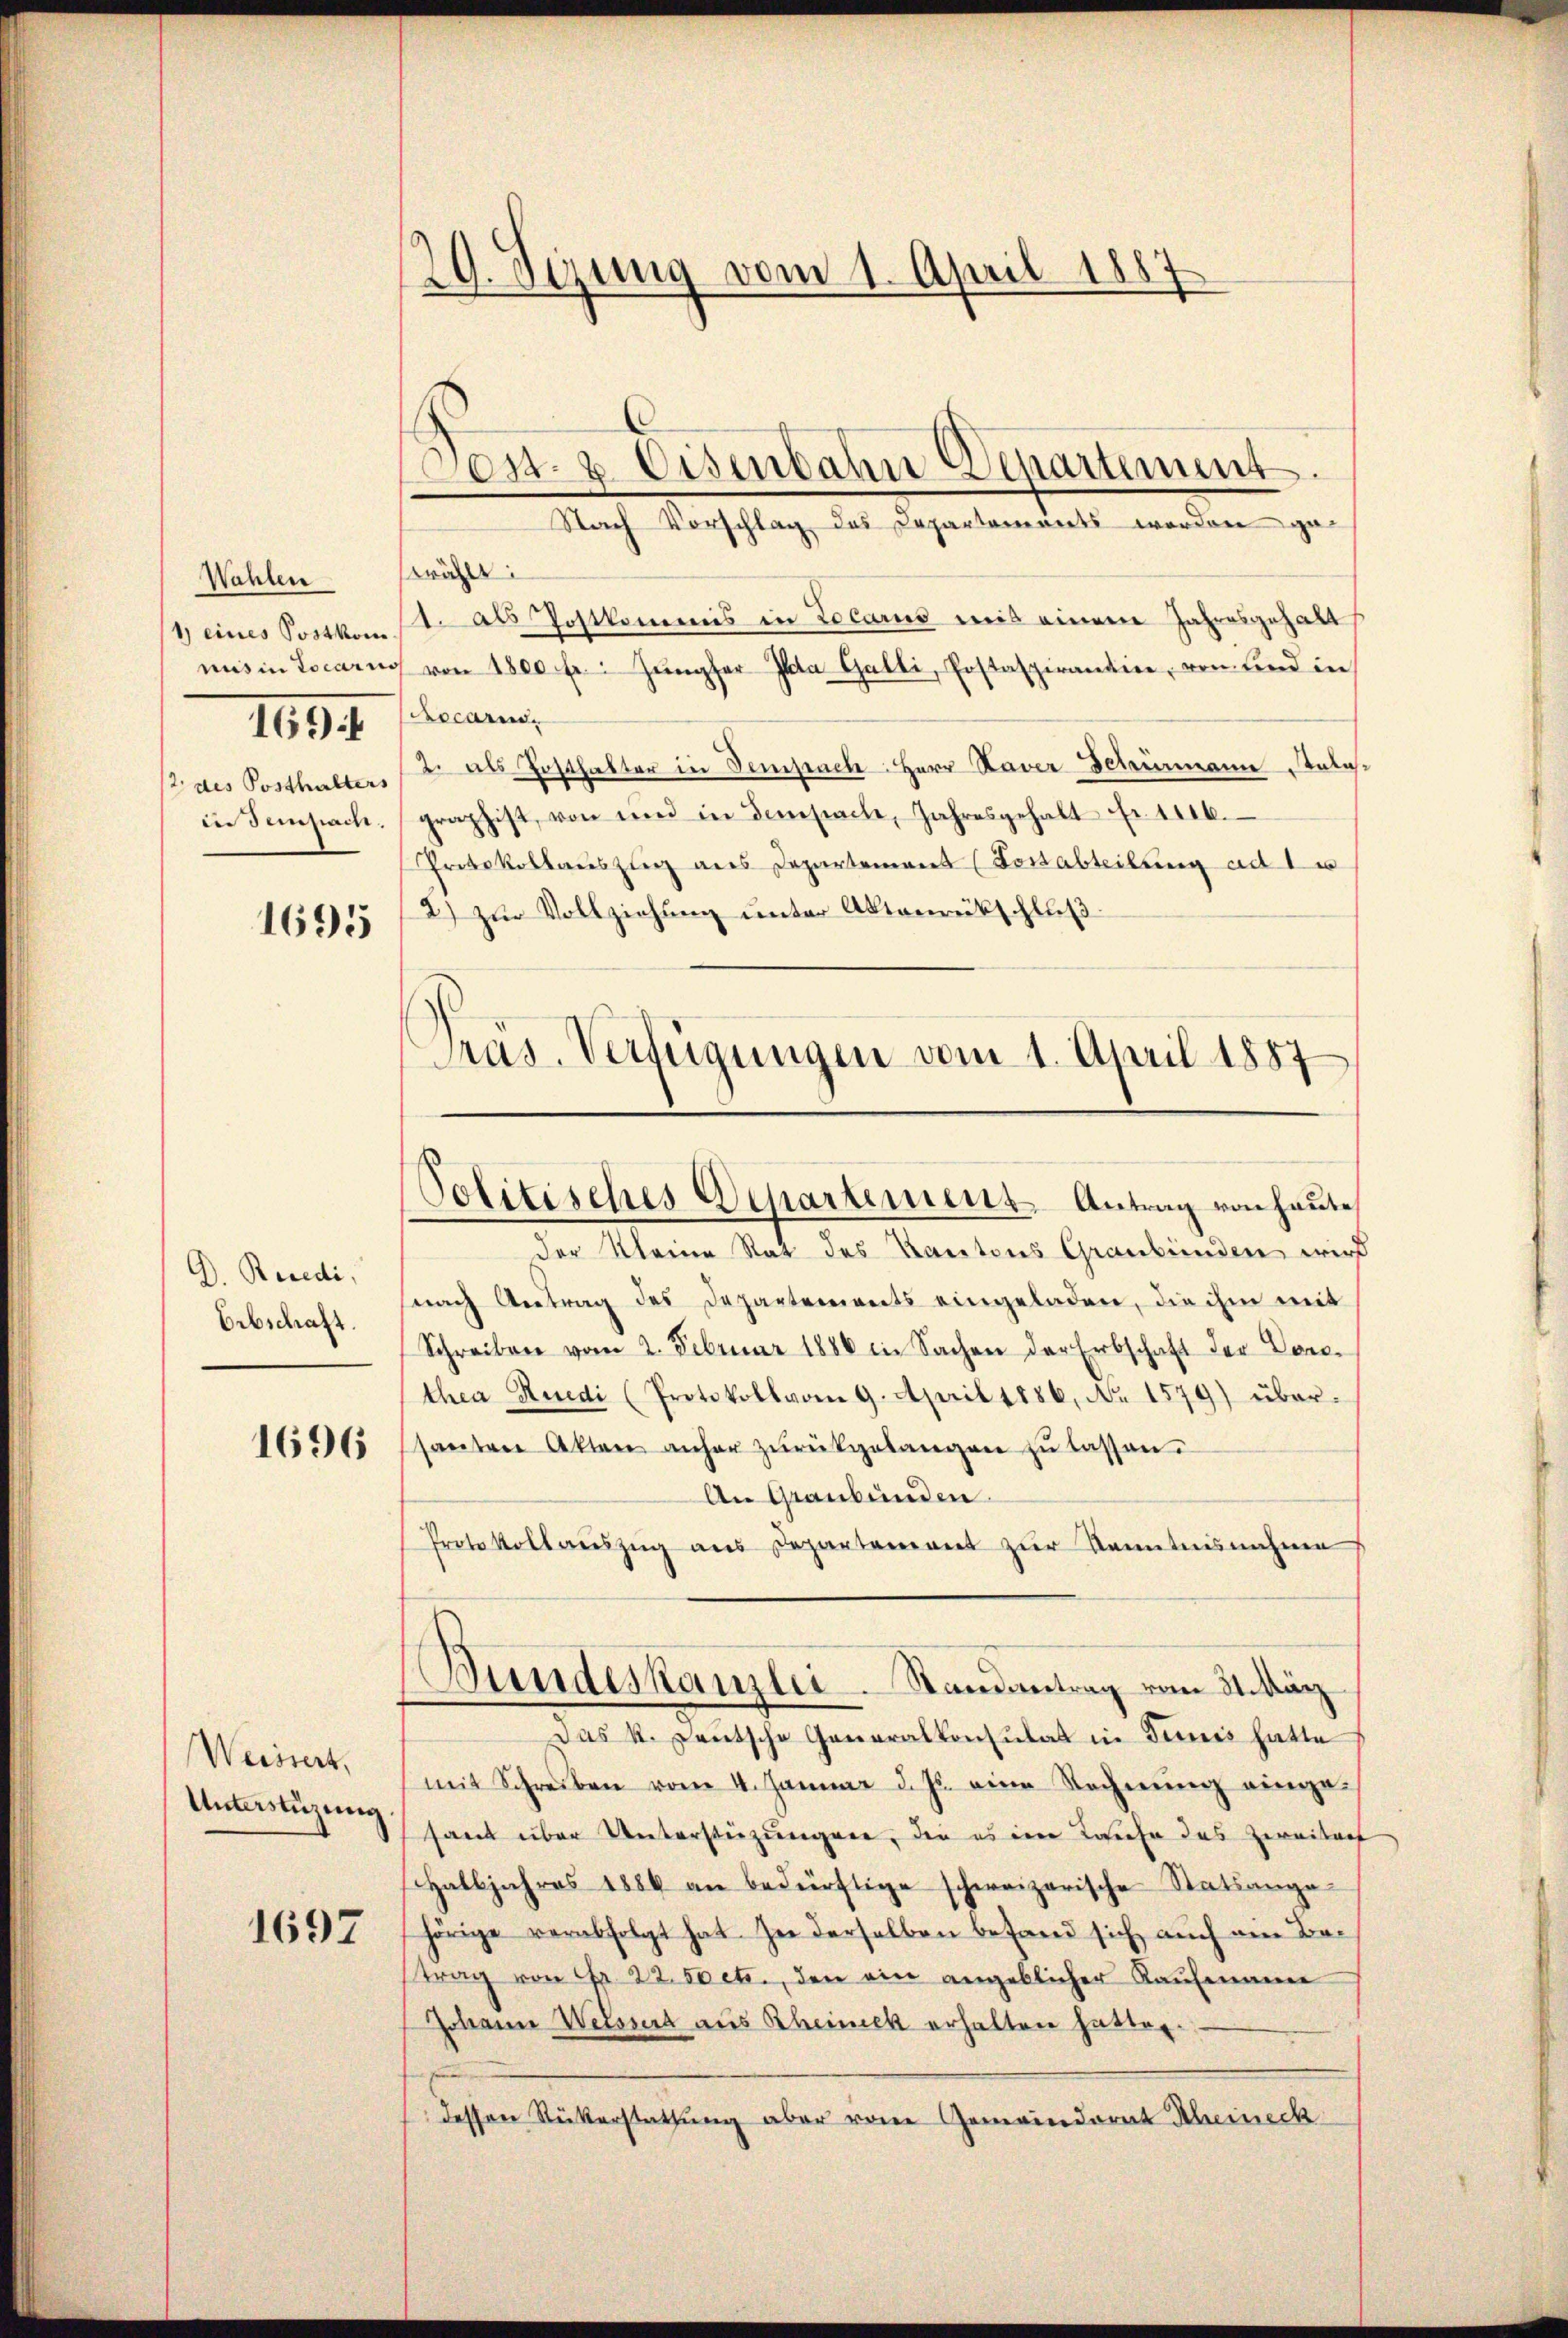
Wahlen
1) eines Postkom
mis in Locarno
2 des Posthalters
in Sempach.

1694

1695

D. Beredi,
Erbschaft.

1696

Weissert,
Unterstüzung

1697

29. Sezung vom 1. April 188

Pos- & Eisenbahn Departement.
Nach Vorschlag des Departements worden ge¬

wählt:
1. als Postkommis in Locarno mit einem Jahresgehalt
von 1800 fr.: Jŭngfer Ita Galli, Postaspirantie, von und in
Rocari¬
2. als Posthalter in Sempach Herr Naver Schumann Anlasgraphist, von und in Sempache, Jahresgehalt Fr. 1106.
Protokollaŭszler aus Departemens (Fortabteilung ad 1 w
2) zur Vollziehung unter Aktenrückschluß:
Pras. Verfügungen vom 1. April 1887

Politisches Departement Antrag von heute

der Kleine Rat des Kantons Graubünden wird
snach Antrag des Departements eingeladen, die ihm mit
Schreiben vom 2. Februar 1886 in Sachen der Erbschaft der Conc
thea Ruedi (Protokoll vom 9. April 1886, No 1579) über-
santen Akten anher zŭrückgelangen zŭ lassen.
An Graubünden
Protokollaŭszŭg aus Departement zur Kenntnisnehmen
Das k. Leutsche Generalkonsulat in Tunis hatte
mit Schreiben vom 4. Januar d. Js. eine Rechnŭng eingesamt über Unterstüzungen, die es im Leiche das Zweitaet
Halbjahres 1886 an bedürftige schweizerische Statsange-
hörige verabfolgt hat. In derselben befand sich auch am Batrag von Fr. 22. 50 etc., den ein angeblicher Kaŭfmann
Johann Weltssert aus Rheineck erhalten hatten.
dessen Rükerstattŭng aber von Gemeinderat Scheineck

Bundeskanzlei. Randantrag vom 31. März